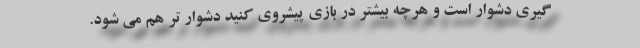
گیری دشوار است و هرچه بیشتر در بازی پیشروی کنید دشوار تر هم می شود.